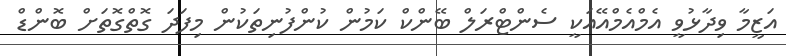
އަޒީމާ ވިދާޅުވީ އެމްއެމްއޭއަކީ ސެންޓްރަލް ބޭންކް ކަމުން ކުންފުނިތަކުން މިފަދަ ގޮތްގޮތަށް ބޮންޑް